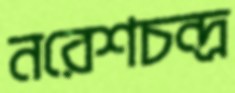
নরেশচন্দ্র